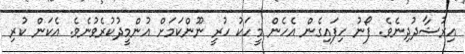
އިރުޝާދުދިނެވެ. ފޯނު ހިފައިގެން އެހެން މީހަކު ހުރީ ނޫންކަަމަށް އުންމީދުކުރެވުނެވެ. އެކަން ކުރި